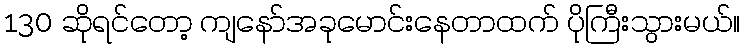
130 ဆိုရင်တော့ ကျနော်အခုမောင်းနေတာထက် ပိုကြီးသွားမယ်။